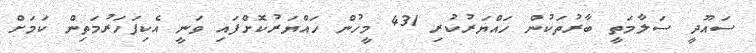
ސައޫދީ ސަލާމަތީ ބާރުތަކުން ހައްޔަރުކުރި 431 މީހުން ހައްޔަރުކޮށްފައި ވަނީ އެކިފަހަރުމަތިން ކަމަށް